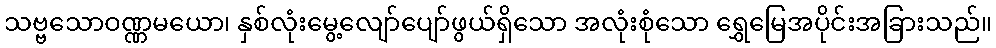
သဗ္ဗသောဝဏ္ဏမယော၊ နှစ်လုံးမွေ့လျော်ပျော်ဖွယ်ရှိသော အလုံးစုံသော ရွှေမြေအပိုင်းအခြားသည်။